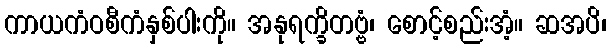
ကာယကံဝစီကံနှစ်ပါးကို။ အနုရက္ခိတဗ္ဗံ၊ စောင့်စည်းအံ့။ ဆအပိ၊